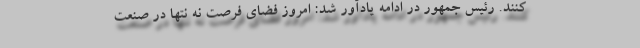
کنند. رئیس جمهور در ادامه یادآور شد: امروز فضای فرصت نه نتها در صنعت